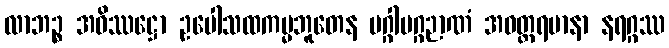
လာဘဉ္စ အဝိဿဋ္ဌော ဥပေါသထကမ္မဘူတေန မဂ္ဂါမဂ္ဂဉာဏံ အဝတ္ထရမာနာ နရဂ္ဂဿ